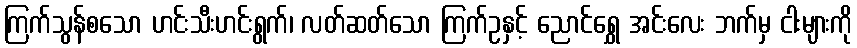
ကြက်သွန်စသော ဟင်းသီးဟင်းရွက်၊ လတ်ဆတ်သော ကြက်ဥနှင့် ညောင်ရွှေ အင်းလေး ဘက်မှ ငါးများကို